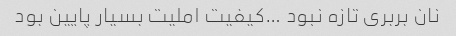
نان بربری تازه نبود …کیفیت املیت بسیار پایین بود